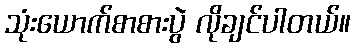
သုံးယောက်စာစားပွဲ လိုချင်ပါတယ်။